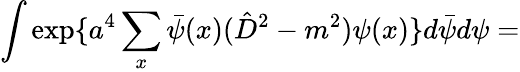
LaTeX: \int\exp\{ a^{4}\sum_{x}\bar{\psi}(x)(\hat{D}^{2}-m^{2})\psi(x)\} d\bar{\psi}d\psi=